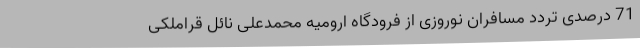
71 درصدی تردد مسافران نوروزی از فرودگاه ارومیه محمدعلی نائل قراملکی